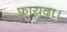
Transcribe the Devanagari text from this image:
फ़ायदा।